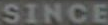
SINCE